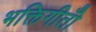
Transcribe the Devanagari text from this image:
भक्तिगीतोँ